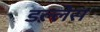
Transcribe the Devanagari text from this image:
डल्लेस